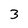
Character: 3